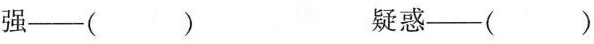
强——( ) 疑惑——（ ）